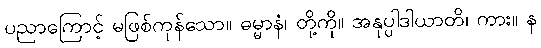
ပညာကြောင့် မဖြစ်ကုန်သော။ ဓမ္မာနံ၊ တို့ကို။ အနုပ္ပါဒါယာတိ၊ ကား။ န